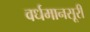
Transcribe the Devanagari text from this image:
वर्धमानसूरी